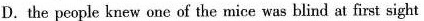
D.the people knew onc of the mice was blind at first sight